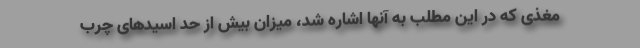
مغذی که در این مطلب به آنها اشاره شد، میزان بیش از حد اسیدهای چرب